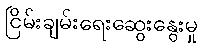
ငြိမ်းချမ်းရေးဆွေးနွေးမှု